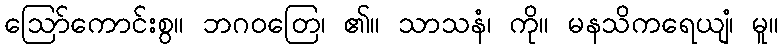
ဩော်ကောင်းစွ။ ဘဂဝတြေ၊ ၏။ သာသနံ၊ ကို။ မနသိကရေယျံ၊ မူ။